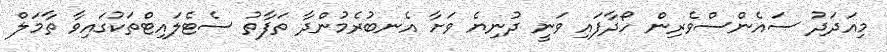
މިއަދަދު ސައެންސްވެރިން ހޯދާފައި ވަނީ ދުނިޔެ ވަށާ އެނބުރެމުންދާ ތަފާތު ސެޓެލައިޓްތަކުގައިވާ ތާމަލް